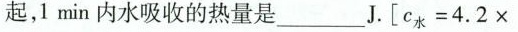
起，1min内水吸收的热量是___J.[$$c k = 4 . 2 \times